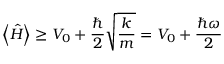
\left\langle { \hat { H } } \right\rangle \geq V _ { 0 } + { \frac { \hbar } { 2 } } { \sqrt { \frac { k } { m } } } = V _ { 0 } + { \frac { \hbar \omega } { 2 } }